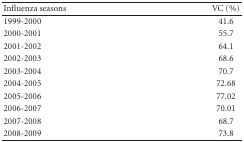
<table><thead><tr><td><b>Influenza seasons</b></td><td><b>VC (%)</b></td></tr></thead><tbody><tr><td>1999-2000</td><td>41.6</td></tr><tr><td>2000-2001</td><td>55.7</td></tr><tr><td>2001-2002</td><td>64.1</td></tr><tr><td>2002-2003</td><td>68.6</td></tr><tr><td>2003-2004</td><td>70.7</td></tr><tr><td>2004-2005</td><td>72.68</td></tr><tr><td>2005-2006</td><td>77.02</td></tr><tr><td>2006-2007</td><td>70.01</td></tr><tr><td>2007-2008</td><td>68.7</td></tr><tr><td>2008-2009</td><td>73.8</td></tr></tbody></table>